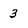
Character: 3